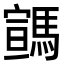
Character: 𩤡